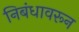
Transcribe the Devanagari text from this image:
निबंधावरून